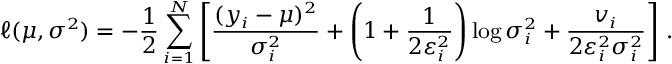
\small \ell ( \mu , \boldsymbol { \sigma ^ { 2 } } ) = - \frac { 1 } { 2 } \sum _ { i = 1 } ^ { N } \left[ \frac { ( y _ { i } - \mu ) ^ { 2 } } { \sigma _ { i } ^ { 2 } } + \left( 1 + \frac { 1 } { 2 \varepsilon _ { i } ^ { 2 } } \right) \log { \sigma _ { i } ^ { 2 } } + \frac { v _ { i } } { 2 \varepsilon _ { i } ^ { 2 } \sigma _ { i } ^ { 2 } } \right] \, .